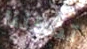
تمكننا